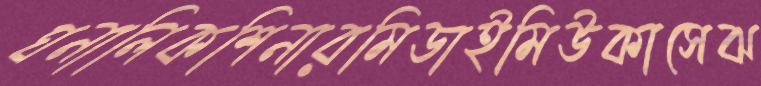
ঘনালিকশিনারমিডাইমিউকাসেঝ